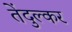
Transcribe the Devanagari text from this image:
तेंदुल्कर